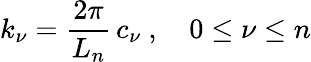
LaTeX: k_{\nu}=\frac{2\pi}{L_{n}}\, c_{\nu}\ ,\quad 0\leq\nu\leq n